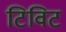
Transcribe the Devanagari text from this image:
टिविट